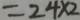
= 2 4 \times 2